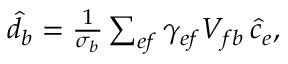
\begin{array} { r } { \hat { d } _ { b } = \frac { 1 } { \sigma _ { b } } \sum _ { e f } \gamma _ { e f } V _ { f b } \, \hat { c } _ { e } , } \end{array}